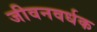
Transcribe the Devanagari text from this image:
जीवनवर्धक